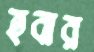
হবার